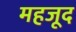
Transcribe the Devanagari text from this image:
महजूद